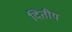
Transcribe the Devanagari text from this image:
दितीय